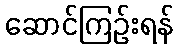
ဆောင်ကြဉ်းရန်